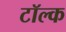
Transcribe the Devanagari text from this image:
टॉल्क